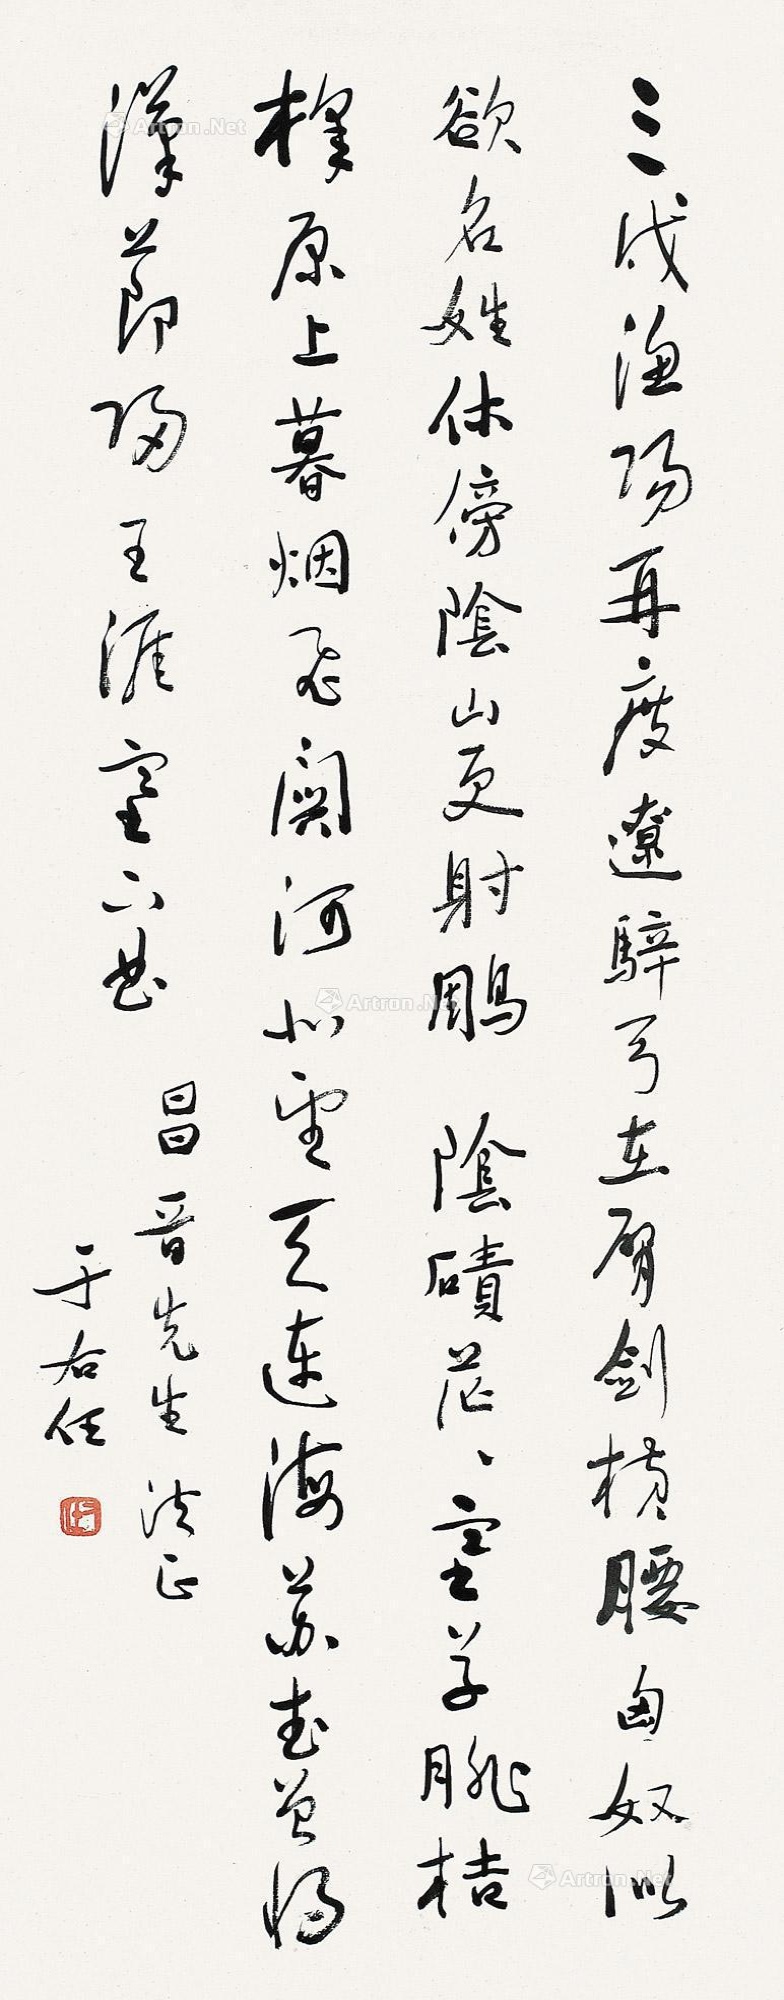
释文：三戍渔阳再渡辽，骍弓在臂剑横腰。匈奴似欲名姓，休傍阴山更射雕。阴碛茫茫塞草腓，桔槔原上暮烟飞。关河北望天连海，苏武曾将汉节归。王涯塞下曲，昌晋先生法正，于右任。